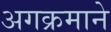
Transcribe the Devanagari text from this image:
अगक्रमाने